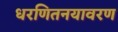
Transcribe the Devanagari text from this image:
धरणितनयावरण